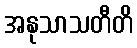
အနုသာသတီတိ